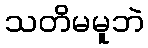
သတိမမူဘဲ